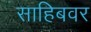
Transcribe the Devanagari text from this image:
साहिबवर